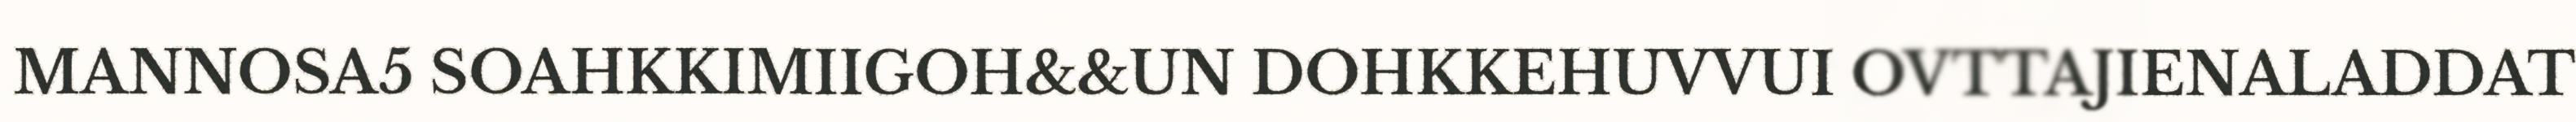
MANNOSA5 SOAHKKIMIIGOH&&UN DOHKKEHUVVUI OVTTAJIENALADDAT